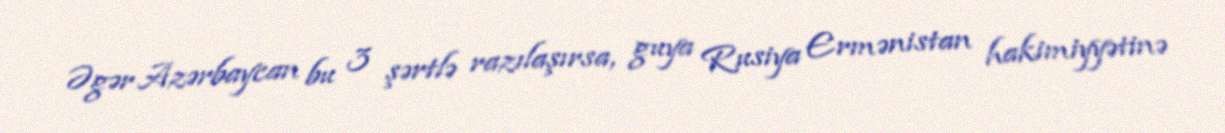
Əgər Azərbaycan bu 3 şərtlə razılaşırsa, guya Rusiya Ermənistan hakimiyyətinə